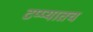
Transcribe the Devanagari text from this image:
टप्प्यातच